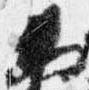
夜